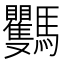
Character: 𩧡